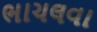
ભાચલવા